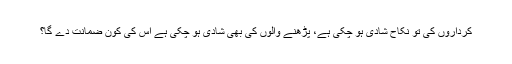
کرداروں کی تو نکاح شادی ہو چکی ہے، پڑھنے والوں کی بھی شادی ہو چکی ہے اس کی کون ضمانت دے گا؟